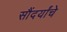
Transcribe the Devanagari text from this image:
सौंदर्यांचे